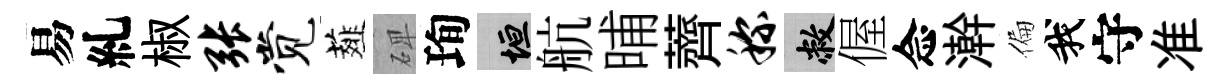
易糺椒张觉薤𥓓珣垣航晡薺称敝偓念澣偏我守准